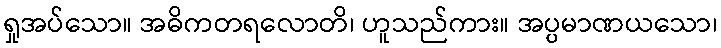
ရှုအပ်သော။ အဓိကတရလောတိ၊ ဟူသည်ကား။ အပ္ပမာဏယသော၊